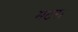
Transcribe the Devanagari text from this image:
मटर।